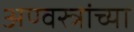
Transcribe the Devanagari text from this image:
अण्वस्त्रांच्या